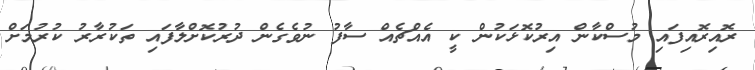
ރޮއިރޮއިފައި މުސްކާން އިރުކޮޅަކުން ކީ އެއްޗެއް ސާފު ނުވެގެން ދުރުކޮށްލާފައި ތަކުރާރު ކުރުމަށް